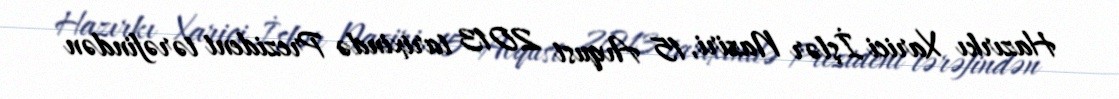
Hazırkı Xarici İşlər Naziri, 15 Avqust 2013 tarixində Prezident tərəfindən